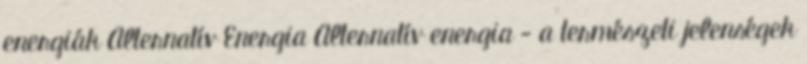
energiák Alternatív Energia Alternatív energia - a természeti jelenségek